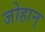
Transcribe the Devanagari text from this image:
जोहान्